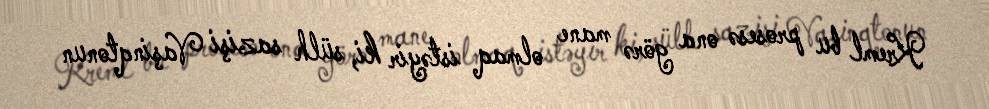
Kreml bu prosesə ona görə mane olmaq istəyir ki, sülh sazişi Vaşinqtonun